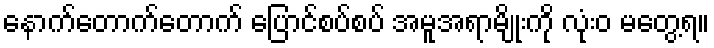
နောက်တောက်တောက် ပြောင်စပ်စပ် အမူအရာမျိုးကို လုံးဝ မတွေ့ရ။